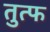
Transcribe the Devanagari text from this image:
तुत्फ